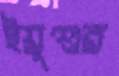
ইয়ুশুর